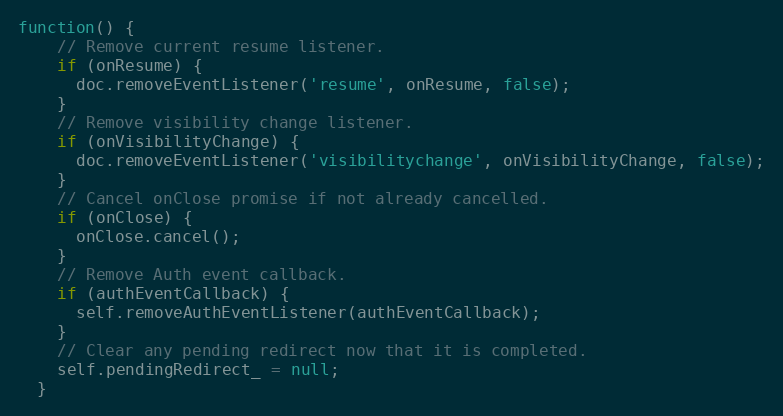
Language: JavaScript
function() {
    // Remove current resume listener.
    if (onResume) {
      doc.removeEventListener('resume', onResume, false);
    }
    // Remove visibility change listener.
    if (onVisibilityChange) {
      doc.removeEventListener('visibilitychange', onVisibilityChange, false);
    }
    // Cancel onClose promise if not already cancelled.
    if (onClose) {
      onClose.cancel();
    }
    // Remove Auth event callback.
    if (authEventCallback) {
      self.removeAuthEventListener(authEventCallback);
    }
    // Clear any pending redirect now that it is completed.
    self.pendingRedirect_ = null;
  }